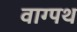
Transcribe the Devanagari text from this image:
वाग्पथ